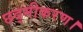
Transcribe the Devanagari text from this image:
छद्मीकरण।